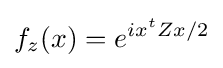
{f_{z}(x)=e^{ix^{t}Zx/2}}